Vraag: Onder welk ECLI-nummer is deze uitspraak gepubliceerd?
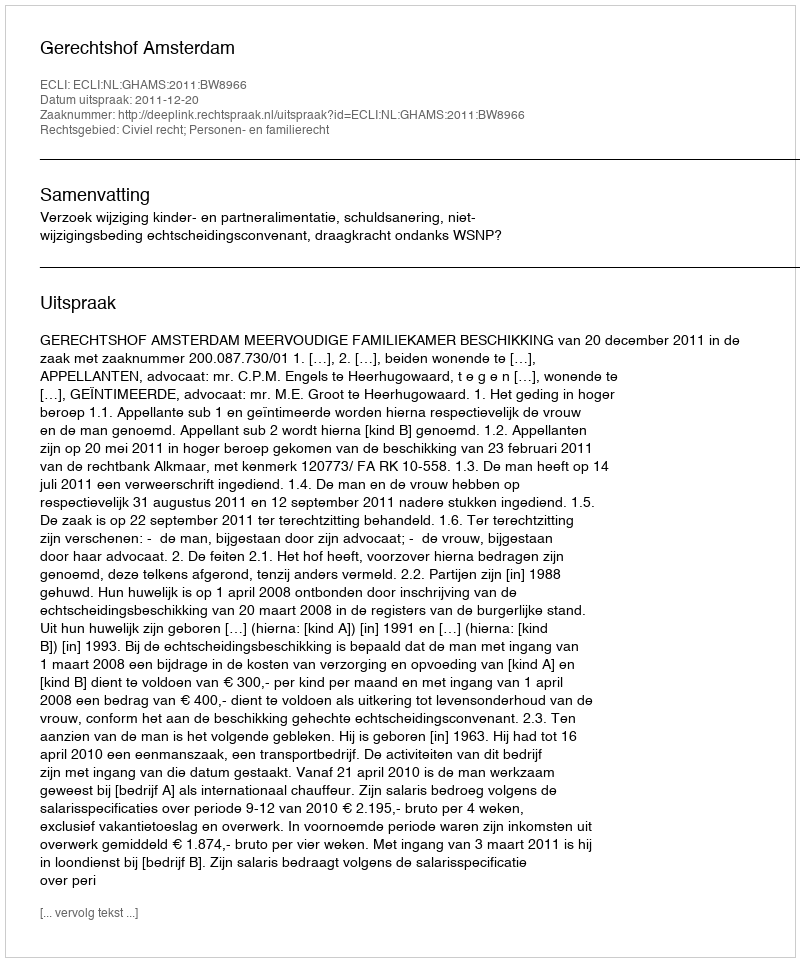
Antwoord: ECLI:NL:GHAMS:2011:BW8966